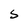
Character: S